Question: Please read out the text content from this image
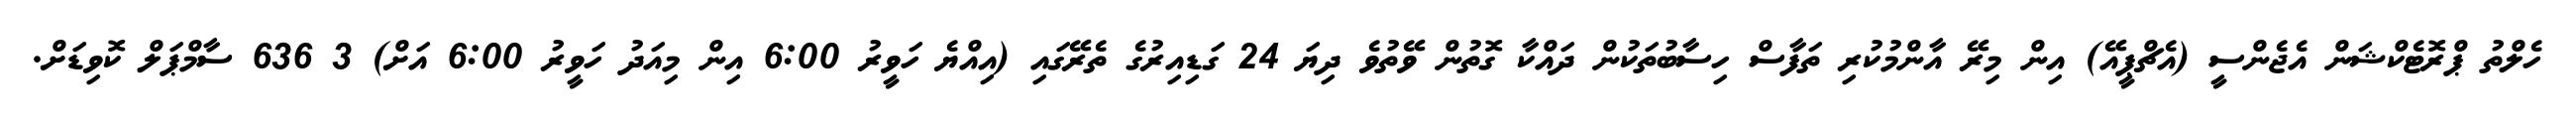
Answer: ހެލްތު ޕްރޮޓެކްޝަން އެޖެންސީ (އެޗްޕީއޭ) އިން މިރޭ އާންމުކުރި ތަފާސް ހިސާބުތަކުން ދައްކާ ގޮތުން ވޭތުވެ ދިޔަ 24 ގަޑިއިރުގެ ތެރޭގައި (އިއްޔެ ހަވީރު 6:00 އިން މިއަދު ހަވީރު 6:00 އަށް) 3 636 ސާމްޕަލް ކޮވިޑަށް.